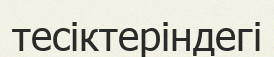
тесіктеріндегі